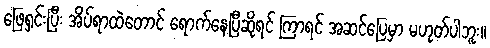
ဖြေရှင်းပြီး အိပ်ရာထဲတောင် ရောက်နေပြီဆိုရင် ကြာရင် အဆင်ပြေမှာ မဟုတ်ပါဘူး။